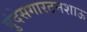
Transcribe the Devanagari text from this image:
बुंदेसगारटनशाऊ